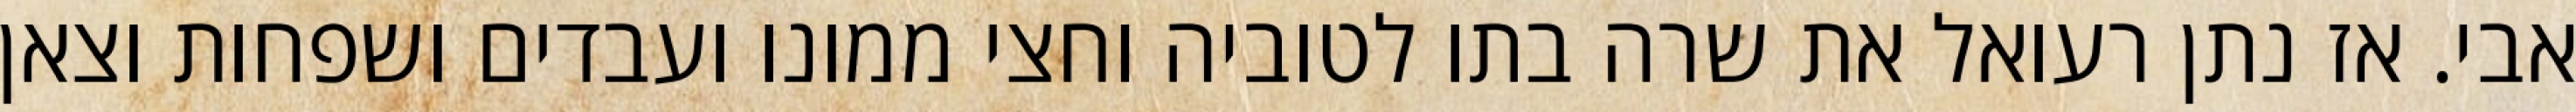
אבי. אז נתן רעואל את שרה בתו לטוביה וחצי ממונו ועבדים ושפחות וצאן